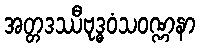
အတ္တဒဿီဗုဒ္ဓဝံသဝဏ္ဏနာ